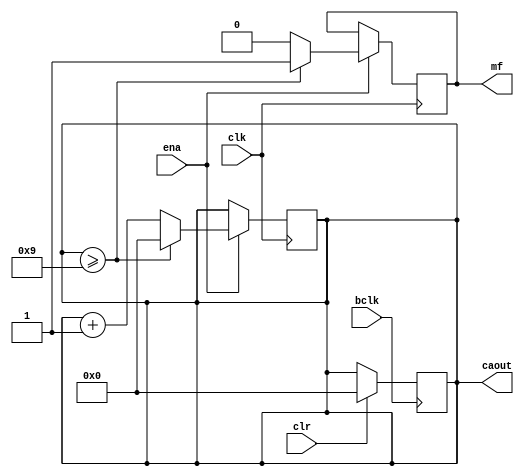
module Calculator(
input bclk,
input ena,
input clr,
input clk,
output wire[3:0] caout,
output  reg mf);
reg [3:0] moutq;
assign caout = moutq;
always@(posedge bclk) begin
if(clr)
    moutq <= 4'b0000;
end
always@(posedge clk) begin
  if(!ena)
    moutq = moutq;
  else if(moutq >= 4'b1001)begin
    moutq = 0;
    mf=1;
  end
  else begin
    moutq = moutq + 1;
    mf=0;
    end
end
endmodule
module counter6bit_test(ENA,CLR,F_IN,Q);
    input ENA;
    input CLR;
    input F_IN;
    output wire[23:0] Q;
    wire F_OUT;
    wire [4:0]cout=0;
Calculator U0(F_IN,ENA,CLR,F_IN,Q[3:0],cout[0]);
Calculator U1(F_IN,ENA,CLR,cout[0],Q[7:4],cout[1]);
Calculator U2(F_IN,ENA,CLR,cout[1],Q[11:8],cout[2]);
Calculator U3(F_IN,ENA,CLR,cout[2],Q[15:12],cout[3]);
Calculator U4(F_IN,ENA,CLR,cout[3],Q[19:16],cout[4]);
Calculator U5(F_IN,ENA,CLR,cout[4],Q[23:20],F_OUT);
endmodule